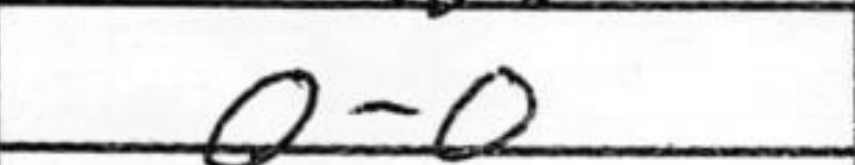
Transcription: O-O